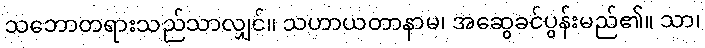
သဘောတရားသည်သာလျှင်။ သဟာယတာနာမ၊ အဆွေခင်ပွန်းမည်၏။ သာ၊